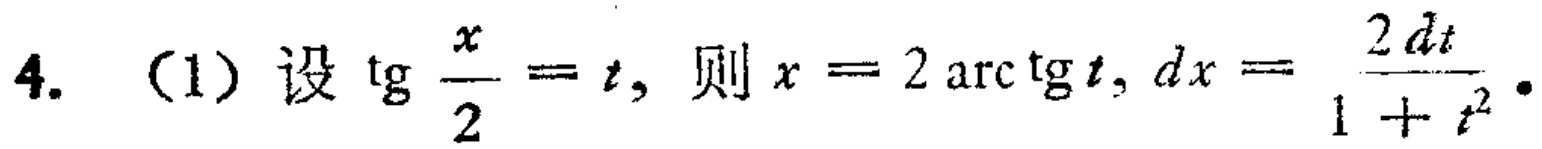
4. （1）设\(\tg\frac{x}{2}=t\)，则\(x = 2\mathrm{arc}\tg t,dx=\frac{2dt}{1 + t^{2}}\)。